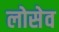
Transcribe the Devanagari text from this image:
लोसेव